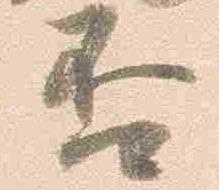
否